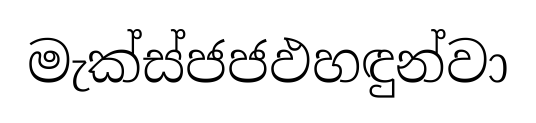
මැක්ස්ජජඵහඳුන්වා